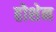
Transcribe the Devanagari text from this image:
होशेन